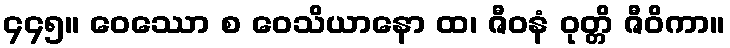
၄၄၅။ ဝေဿော စ ဝေသိယာနော ထ၊ ဇီဝနံ ဝုတ္တိ ဇီဝိကာ။